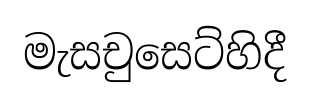
මැසචුසෙට්හිදී